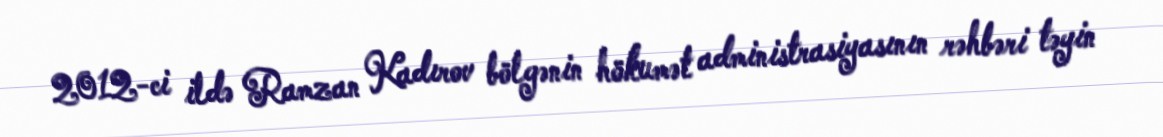
2012-ci ildə Ramzan Kadırov bölgənin hökumət administrasiyasının rəhbəri təyin